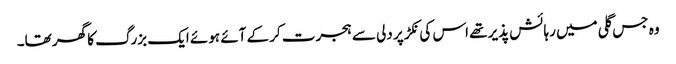
وہ جس گلی میں رہائش پذیر تھے اس کی نکڑ پر دلی سے ہجرت کر کے آئے ہوئے ایک بزرگ کا گھر تھا۔